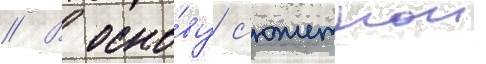
// В осно́ву с'южетнои